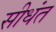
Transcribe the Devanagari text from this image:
सीधंत